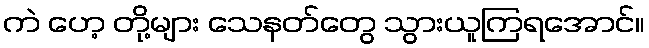
ကဲ ဟေ့ တို့များ သေနတ်တွေ သွားယူကြရအောင်။